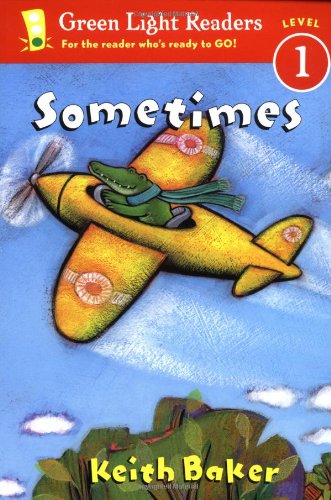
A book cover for Sometimes (Green Light Readers Level 1); Keith Baker; Children's Books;